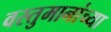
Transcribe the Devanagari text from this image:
वस्तुमानांच्या